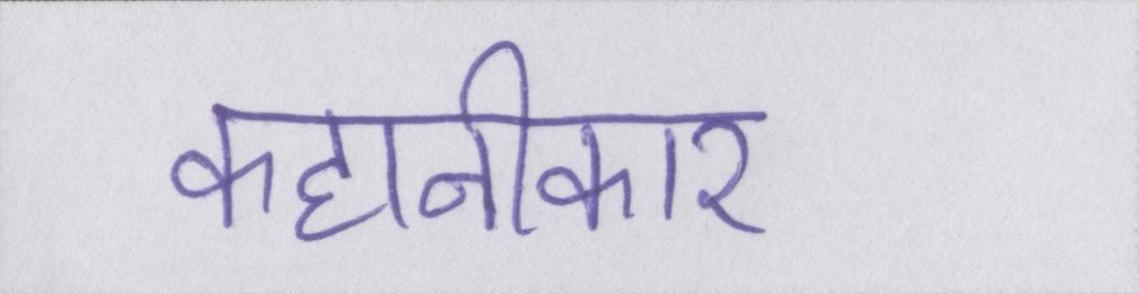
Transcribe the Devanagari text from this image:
कहानीकार